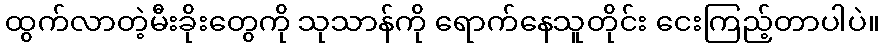
ထွက်လာတဲ့မီးခိုးတွေကို သုသာန်ကို ရောက်နေသူတိုင်း ငေးကြည့်တာပါပဲ။